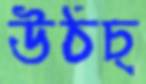
উঠচ্